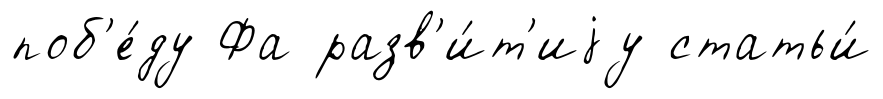
поб'е́ду Фа разв'и́т'иjу статьи́